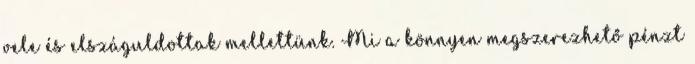
vele és elszáguldottak mellettünk. Mi a könnyen megszerezhető pénzt